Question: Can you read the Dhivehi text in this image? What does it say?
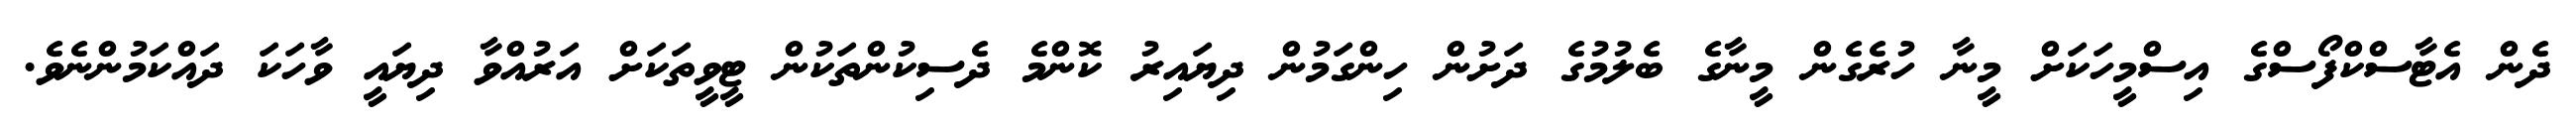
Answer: ދެން އެޓާސްކްފޯސްގެ އިސްމީހަކަށް މީނާ ހުރެގެން މީނާގެ ބެލުމުގެ ދަށުން ހިންގަމުން ދިޔައިރު ކޮންމެ ދެސިކުންތަކުން ޓީވީތަކަށް އަރުއްވާ ދިޔައީ ވާހަކަ ދައްކަމުންނެވެ.